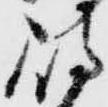
島